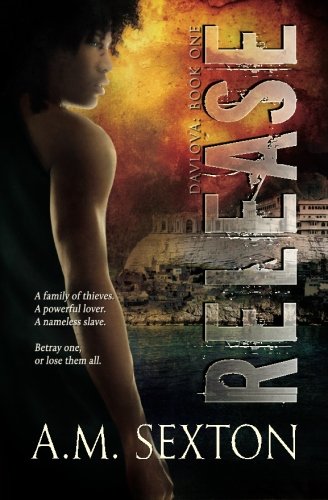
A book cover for Release: Davlova: Book One (Volume 1); A.M. Sexton; Science Fiction & Fantasy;